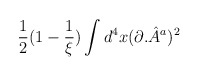
\begin{align*}\frac{1}{2}(1-\frac{1}{\xi })\int d^{4}x(\partial .{\hat{A}}^{a})^{2}\end{align*}